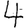
Digit: 4